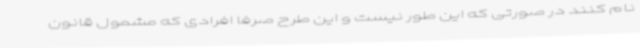
نام کنند در صورتی که این طور نیست و این طرح صرفا افرادی که مشمول قانون